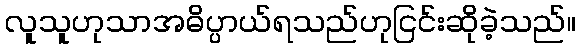
လူသူဟုသာအဓိပ္ပာယ်ရသည်ဟုငြင်းဆိုခဲ့သည်။